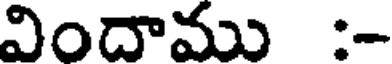
విందాము :-